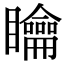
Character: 𥌺